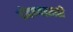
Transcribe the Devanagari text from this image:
गोंदण्यासाठी